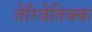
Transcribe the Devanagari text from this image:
तेरिवेतिक्क